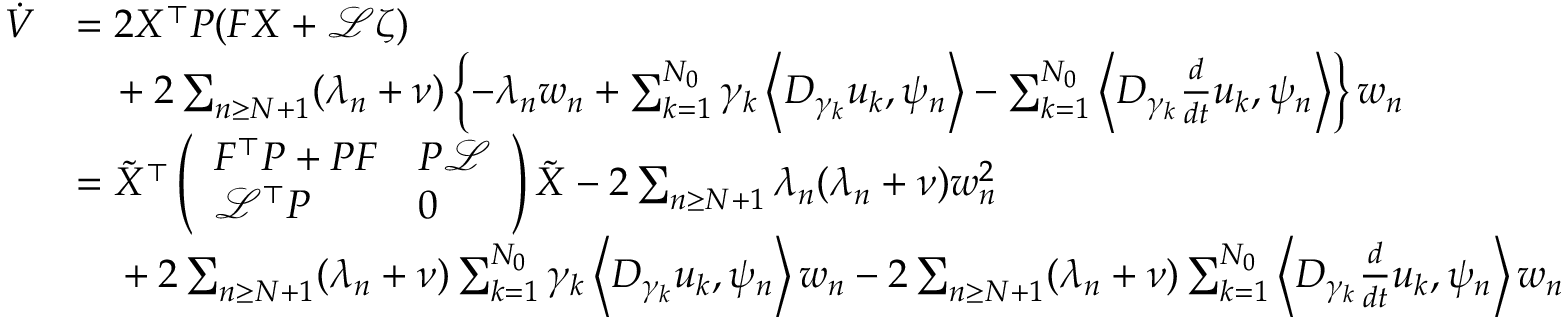
\begin{array} { r l } { \dot { V } } & { = 2 X ^ { \top } P ( F X + \mathcal { L } \zeta ) } \\ & { \phantom { = } \, + 2 \sum _ { n \geq N + 1 } ( \lambda _ { n } + \nu ) \left\{ - \lambda _ { n } w _ { n } + \sum _ { k = 1 } ^ { N _ { 0 } } \gamma _ { k } \left< D _ { \gamma _ { k } } u _ { k } , \psi _ { n } \right> - \sum _ { k = 1 } ^ { N _ { 0 } } \left< D _ { \gamma _ { k } } \frac { d } { d t } u _ { k } , \psi _ { n } \right> \right\} w _ { n } } \\ & { = \tilde { X } ^ { \top } \left( \begin{array} { l l } { F ^ { \top } P + P F } & { P \mathcal { L } } \\ { \mathcal { L } ^ { \top } P } & { 0 } \end{array} \right) \tilde { X } - 2 \sum _ { n \geq N + 1 } \lambda _ { n } ( \lambda _ { n } + \nu ) w _ { n } ^ { 2 } } \\ & { \phantom { = } \; + 2 \sum _ { n \geq N + 1 } ( \lambda _ { n } + \nu ) \sum _ { k = 1 } ^ { N _ { 0 } } \gamma _ { k } \left< D _ { \gamma _ { k } } u _ { k } , \psi _ { n } \right> w _ { n } - 2 \sum _ { n \geq N + 1 } ( \lambda _ { n } + \nu ) \sum _ { k = 1 } ^ { N _ { 0 } } \left< D _ { \gamma _ { k } } \frac { d } { d t } u _ { k } , \psi _ { n } \right> w _ { n } } \end{array}